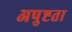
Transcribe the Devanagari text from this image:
अपुष्टता